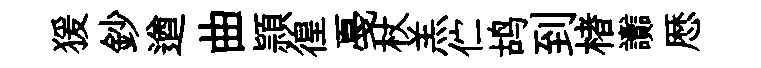
猨鈔遒曲頴徨戞杖羔伫鸪到楮讟厯